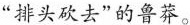
“排头砍去”的鲁莽。